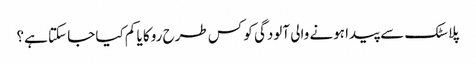
پلاسٹک سے پیدا ہونے والی آلودگی کو کس طرح روکا یا کم کیا جا سکتا ہے؟